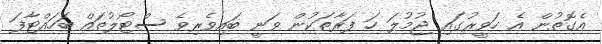
އެގޮތުން އެ ހަވީރުގައި ޖުމުލަ ހަ ފަރާތަކުން ވަނީ ބައިވެރިވެ ސްޓޯލުތައް ބަހައްޓާފަ